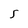
Character: s